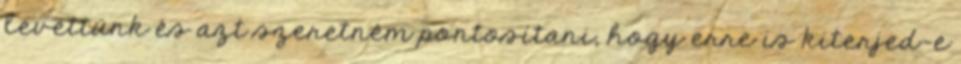
levettünk és azt szeretném pontosítani, hogy erre is kiterjed-e